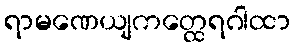
ရာမဏေယျကတ္ထေရဂါထာ